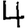
Digit: 4